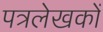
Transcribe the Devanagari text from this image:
पत्रलेखकों